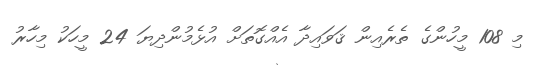
މި 108 މީހުންގެ ތެރެއިން ޤަވައިދާ އެއްގޮތަށް އުޅެމުންދިޔަ 24 މީހަކު މިހާރު